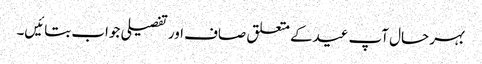
بہر حال آپ عیدکے متعلق صاف اور تفصیلی جواب بتائیں۔